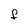
Character: F